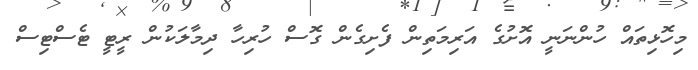
މިހޮޅިތައް ހުންނަނީ އޮށުގެ އަރިމަތިން ފެށިގެން ގޮސް ހުރިހާ ދިމާލަކުން ރީޓީ ޓެސްޓިސް